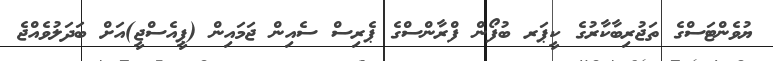
ޔުވެންޓަސްގެ ތަޖުރިބާކާރުގެ ކީޕަރ ބުފޯން ފްރާންސްގެ ޕެރިސް ސެއިން ޖަމައިން (ޕީއެސްޖީ)އަށް ބަދަލުވެއްޖެ